Medical and sanitary report of the native army of Madras for the year
Year: 1878
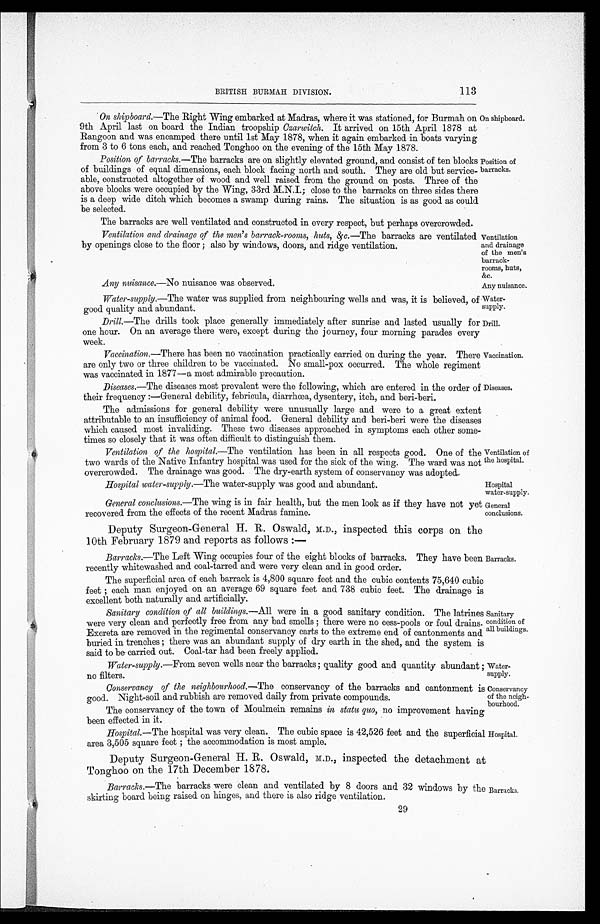
Any nuisance.—No nuisance was observed.
Any nuisance.
Water
-supply.
Drill.
Water
-supply.
Conservancy
of the neigh
-bourhood.
113
BRITISH BURMAH DIVISION.
On shipboard.—The Right Wing embarked at Madras, where it was stationed, for Burmah on
9th April last on board the Indian troopship Ozarwitch. It arrived on 15th April 1878 at
Rangoon and was encamped there until 1st May 1878, when it again embarked in boats varying
from 3 to 6 tons each, and reached Tonghoo on the evening of the 15th May 1878.
Position of barracks.— The
barracks are on slightly elevated ground, and consist of ten blocks
of buildings of equal dimensions, each block facing north and south. They are old but service
-able, constructed altogether of wood and well raised from the ground on posts. Three of the
above blocks were occupied by the Wing, 33rd M.N.I.; close to the barracks on three sides there
is a deep wide ditch which becomes a swamp during rains. The situation is as good as could
be selected.
The barracks are well ventilated and constructed in every respect, but perhaps overcrowded.
Ventilation and drainage of the men's barrack-rooms, huts, &c.— The barracks are ventilated
by openings close to the floor; also by windows, doors, and ridge ventilation.
On shipboard.
Position of
barracks.
Ventilation
and drainage
of the men's
barrack
-rooms, huts,
Water-supply.— The water was supplied from neighbouring wells and was, it is believed, of
good quality and abundant.
Drill.—The drills took place generally immediately after sunrise and lasted usually for
one hour. On an average there were, except during the journey, four morning parades every
week.
Vaccination.—There has been no vaccination practically carried on during the year. There
are only two or three children to be vaccinated. No small-pox occurred. The whole regiment
was vaccinated in 1877—a most admirable precaution.
Diseases.—The diseases most prevalent were the following, which are entered in the order of
their frequency :—General debility, febricula, diarrhœa, dysentery, itch, and beri-beri.
Vaccination.
Diseases.
The admissions for general debility were unusually large and were to a great extent
attributable to an insufficiency of animal food. General debility and beri-beri were the diseases
which caused most invaliding. These two diseases approached in symptoms each other some
-times so closely that it was often difficult to distinguish them.
Ventilation of the hospital.—The ventilation has been in all respects good. One of the
two wards of the Native Infantry hospital was used for the sick of the wing. The ward was not
overcrowded. The drainage was good. The dry-earth system of conservancy was adopted.
Ventilation of
the hospital.
Hospital water-supply.— The water-supply was good and abundant.
Hospital
water-supply.
General conclusions.— The wing is in fair health, but the men look as if they have not yet
recovered from the effects of the recent Madras famine.
Deputy Surgeon-General H. R. Oswald, M.D., inspected this corps on the
10th February 1879 and reports as follows :—
General
conclusions.
Barracks.—The Left Wing occupies four of the eight blocks of barracks. They have been
recently whitewashed and coal-tarred and were very clean and in good order.
The superficial area of each barrack is 4,800 square feet and the cubic contents 75,640 cubic
feet; each man enjoyed on an average 69 square feet and 738 cubic feet. The drainage is
excellent
both naturally and artificially.
Barracks.
Sanitary condition of all buildings.—All were in a good sanitary condition. The latrines
were very clean and perfectly free from any bad smells; there were no cess-pools or foul drains.
Excreta are removed in the regimental conservancy carts to the extreme end of cantonments and
buried in trenches; there was an abundant supply of dry earth in the shed, and the system is
said to be carried out. Coal-tar had been freely applied.
Water-supply.—From seven wells near the barracks; quality good and quantity abundant
no filters.
Conservancy of the neighbournooa.— The conservancy of the barracks and cantonment is
good. Night-soil and rubbish are removed daily from private compounds.
The conservancy of the town of Moulmein remains in statu quo, no improvement having
been effected in it.
Sanitary
condition of
all buildings.
Hospital.—The hospital was very clean. The cubic space is 42,526 feet and the superficial area 3,505 sqnare feet; the accomodation is most ample.
Deputy Surgeon-General H. R. Oswald, M.D., inspected the detachment at
Tonghoo on the 17th December 1878.
Barracks.—The barracks were clean and ventilated by 8 doors and 32 windows by the
skirting board being raised on hinges, and there is also ridge ventilation.
Hospital.
Barracks.
29